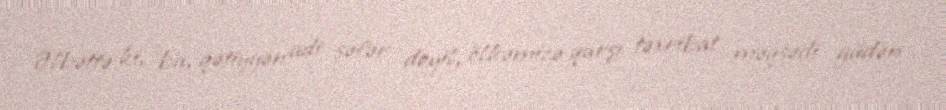
Əlbəttə ki, bu, qətiyyən adi səfər deyil, ölkəmizə qarşı təxribat məqsədi güdən